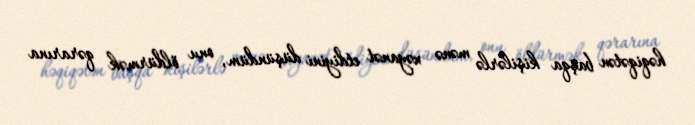
həqiqətən başqa kişilərlə mənə xəyanət etdiyini düşündüm, onu öldürmək qərarına